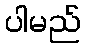
ပါမည်